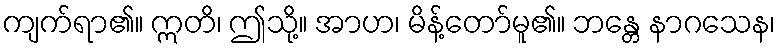
ကျက်ရာ၏။ ဣတိ၊ ဤသို့။ အာဟ၊ မိန့်တော်မူ၏။ ဘန္တေ နာဂသေန၊